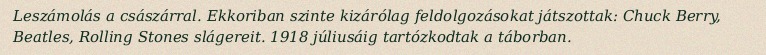
Leszámolás a császárral. Ekkoriban szinte kizárólag feldolgozásokat játszottak: Chuck Berry, Beatles, Rolling Stones slágereit. 1918 júliusáig tartózkodtak a táborban.